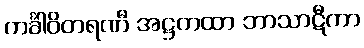
ကင်္ခါဝိတရဏီ အဋ္ဌကထာ ဘာသာဋီကာ